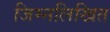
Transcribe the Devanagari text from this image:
जिम्नलिखित